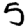
Digit: 5